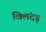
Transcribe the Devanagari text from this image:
खिलंदड़